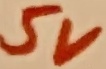
Text: 5V